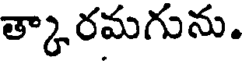
త్కారమగును.